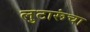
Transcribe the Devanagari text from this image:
लुटारूंचा